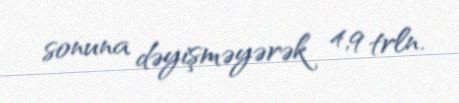
sonuna dəyişməyərək 4,9 trln.